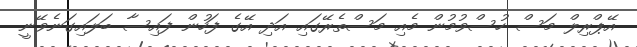
އޭޕްރިލް މަސް ހުސްވުމުން މެއި މަސްތެރޭގައި އަދި އޭގެ ފަހުން ފައިސާ ބަލައިގަނެވޭނީ